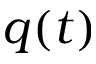
q ( t )